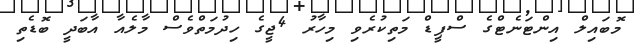
މޮބައިލް އިންޓަނެޓްގެ ސްޕީޑް މަތިކުރެވި މިހާރު 4ޖީގެ ހިދުމަތްވެސް މާލެއާ އާބަދީ ބޮޑެތި